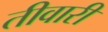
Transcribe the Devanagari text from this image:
तीवारी